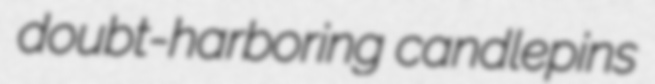
doubt-harboring candlepins